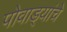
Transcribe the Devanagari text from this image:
पोवाड्यांचेे